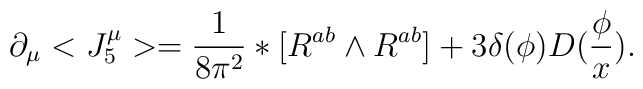
\partial _\mu <J_5^\mu >=\frac 1{8\pi ^2}*[R^{ab}\wedge R^{ab}]+3\delta(\phi )D(\frac \phi x).